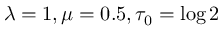
\lambda = 1 , \mu = 0 . 5 , \tau _ { 0 } = \log 2